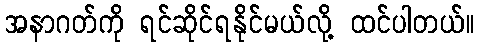
အနာဂတ်ကို ရင်ဆိုင်ရနိုင်မယ်လို့ ထင်ပါတယ်။